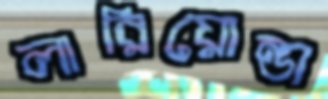
লারিয়োন্ডা